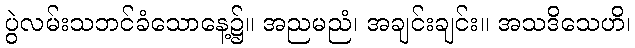
ပွဲလမ်းသဘင်ခံသောနေ့၌။ အညမညံ၊ အချင်းချင်း။ အသဒိသေဟိ၊